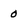
Character: 0